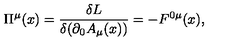
\Pi ^ { \mu } ( x ) = \frac { \delta L } { \delta ( \partial _ { 0 } A _ { \mu } ( x ) ) } = - F ^ { 0 \mu } ( x ) ,